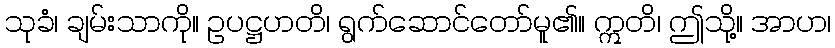
သုခံ၊ ချမ်းသာကို။ ဥပဋ္ဌဟတိ၊ ရွက်ဆောင်တော်မူ၏။ ဣတိ၊ ဤသို့။ အာဟ၊